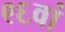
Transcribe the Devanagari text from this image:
९६वां